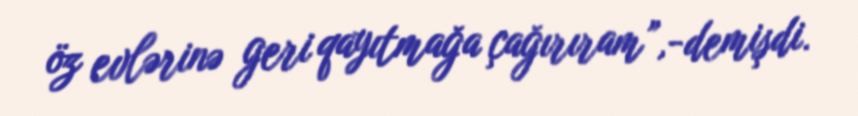
öz evlərinə geri qayıtmağa çağırıram”,-demişdi.